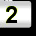
Digit: 2